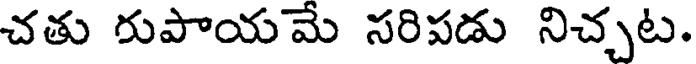
చతు రుపాయమే సరిపడు నిచ్చట.